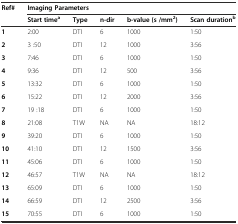
<table><thead><tr><td rowspan="2"><b>Ref#</b></td><td colspan="5"><b>Imaging Parameters</b></td></tr><tr><td><b>Start time<sup>a</sup></b></td><td><b>Type</b></td><td><b>n-dir</b></td><td><b>b-value (s /mm<sup>2</sup>)</b></td><td><b>Scan duration<sup>b</sup></b></td></tr></thead><tbody><tr><td><b>1</b></td><td>2:00</td><td>DTI</td><td>6</td><td>1000</td><td>1:50</td></tr><tr><td><b>2</b></td><td>3 :50</td><td>DTI</td><td>12</td><td>1000</td><td>3:56</td></tr><tr><td><b>3</b></td><td>7:46</td><td>DTI</td><td>6</td><td>1000</td><td>1:50</td></tr><tr><td><b>4</b></td><td>9:36</td><td>DTI</td><td>12</td><td>500</td><td>3:56</td></tr><tr><td><b>5</b></td><td>13:32</td><td>DTI</td><td>6</td><td>1000</td><td>1:50</td></tr><tr><td><b>6</b></td><td>15:22</td><td>DTI</td><td>12</td><td>2000</td><td>3:56</td></tr><tr><td><b>7</b></td><td>19 :18</td><td>DTI</td><td>6</td><td>1000</td><td>1:50</td></tr><tr><td><b>8</b></td><td>21:08</td><td>T1W</td><td>NA</td><td>NA</td><td>18:12</td></tr><tr><td><b>9</b></td><td>39:20</td><td>DTI</td><td>6</td><td>1000</td><td>1:50</td></tr><tr><td><b>10</b></td><td>41:10</td><td>DTI</td><td>12</td><td>1500</td><td>3:56</td></tr><tr><td><b>11</b></td><td>45:06</td><td>DTI</td><td>6</td><td>1000</td><td>1:50</td></tr><tr><td><b>12</b></td><td>46:57</td><td>T1W</td><td>NA</td><td>NA</td><td>18:12</td></tr><tr><td><b>13</b></td><td>65:09</td><td>DTI</td><td>6</td><td>1000</td><td>1:50</td></tr><tr><td><b>14</b></td><td>66:59</td><td>DTI</td><td>12</td><td>2500</td><td>3:56</td></tr><tr><td><b>15</b></td><td>70:55</td><td>DTI</td><td>6</td><td>1000</td><td>1:50</td></tr></tbody></table>